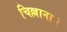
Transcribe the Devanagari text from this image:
चिल्लाना।